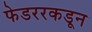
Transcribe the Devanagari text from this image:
फेडररकडून